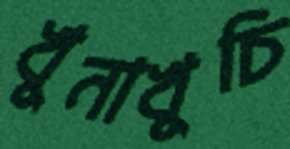
খুনাখুচি